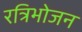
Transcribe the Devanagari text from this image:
रत्रिभोजन